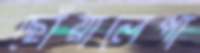
ছোঁয়ালেপা